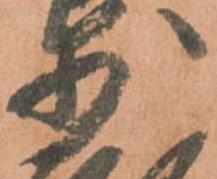
少